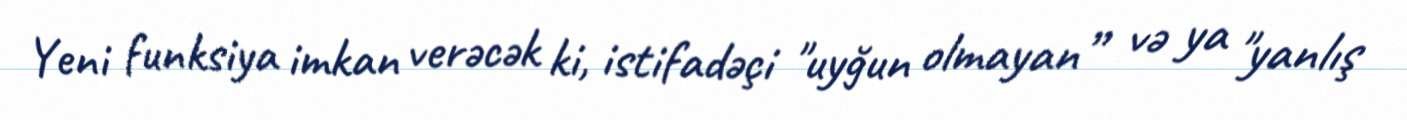
Yeni funksiya imkan verəcək ki, istifadəçi "uyğun olmayan” və ya "yanlış